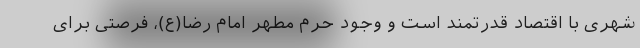
شهری با اقتصاد قدرتمند است و وجود حرم مطهر امام رضا(ع)، فرصتی برای